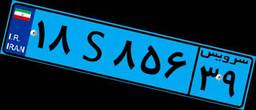
۱۸S۸۵۶۳۹